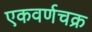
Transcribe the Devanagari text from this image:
एकवर्णचक्र